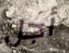
أجل